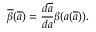
\overline { { { \beta } } } ( \overline { { { a } } } ) = \frac { d \overline { { { a } } } } { d a } \beta ( a ( \overline { { { a } } } ) ) .